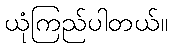
ယုံကြည်ပါတယ်။